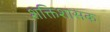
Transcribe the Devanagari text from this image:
शक्तिशासक